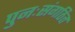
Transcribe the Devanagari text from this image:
पुनःसंगठित